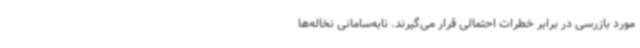
مورد بازرسی در برابر خطرات احتمالی قرار می‌گیرند. نابه‌سامانی نخاله‌ها